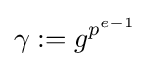
\gamma :=g^{p^{e-1}}